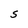
Character: S